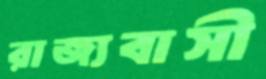
রাজ্যবাসী